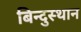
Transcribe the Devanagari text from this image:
बिन्दुस्थान